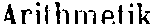
Arithmetik